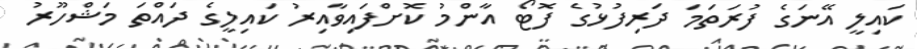
ކައިލީ އޭނަގެ ފުރަތަމަ ދަރިފުޅުގެ ފޮޓޯ އާންމު ކޮށްފައިވާއިރު ކައިލީގެ ދައްތަ މަޝްހޫރު